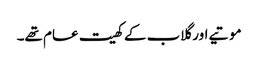
موتیے اور گلاب کے کھیت عام تھے۔